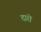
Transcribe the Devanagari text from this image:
दारों